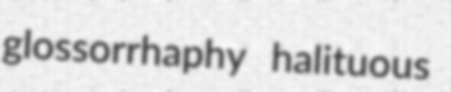
glossorrhaphy halituous